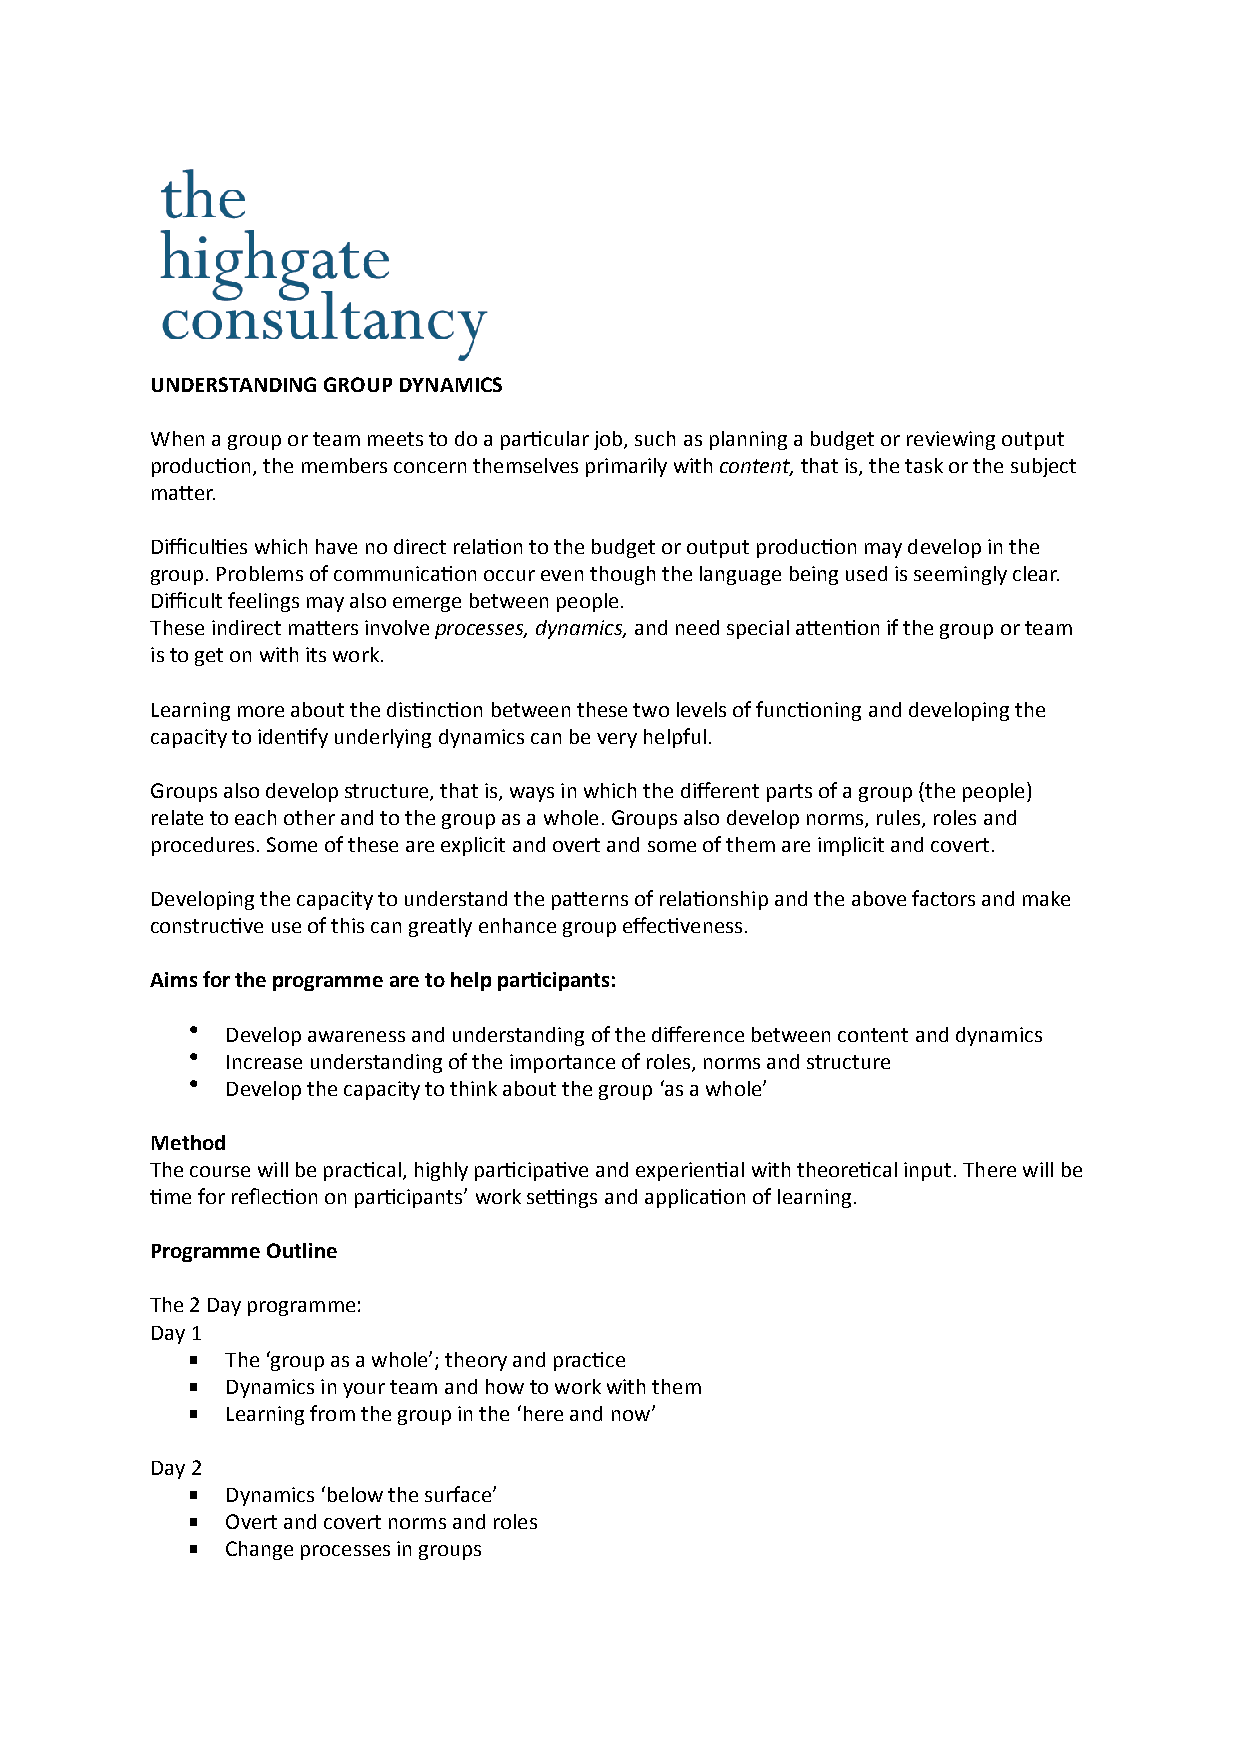
UNDERSTANDING GROUP DYNAMICS
 When a group or team meets to do a par0cular job, such as planning a budget or reviewing output
 produc0on, the members concern themselves primarily with content, that is, the task or the subject
 ma;er.
 Difficul0es which have no direct rela0on to the budget or output produc0on may develop in the
 group. Problems of communica0on occur even though the language being used is seemingly clear.
 Difficult feelings may also emerge between people.
 These indirect ma;ers involve processes, dynamics, and need special a;en0on if the group or team
 is to get on with its work.
 Learning more about the dis0nc0on between these two levels of func0oning and developing the
 capacity to iden0fy underlying dynamics can be very helpful.
 Groups also develop structure, that is, ways in which the different parts of a group (the people)
 relate to each other and to the group as a whole. Groups also develop norms, rules, roles and
 procedures. Some of these are explicit and overt and some of them are implicit and covert.
 Developing the capacity to understand the pa;erns of rela0onship and the above factors and make
 construc0ve use of this can greatly enhance group effec0veness.
 Aims for the programme are to help par>cipants:
 •  Develop awareness and understanding of the difference between content and dynamics
 •  Increase understanding of the importance of roles, norms and structure
 •  Develop the capacity to think about the group ‘as a whole’
 Method
 The course will be prac0cal, highly par0cipa0ve and experien0al with theore0cal input. There will be
 0me for reflec0on on par0cipants’ work seMngs and applica0on of learning.
 Programme Outline
 The 2 Day programme:
 Day 1
   The ‘group as a whole’; theory and prac0ce
   Dynamics in your team and how to work with them
   Learning from the group in the ‘here and now’
 Day 2
   Dynamics ‘below the surface’
   Overt and covert norms and roles
   Change processes in groups